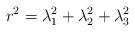
LaTeX: \begin{align*}r^2 = \lambda_1^2 + \lambda_2^2 + \lambda_3^2 \end{align*}